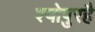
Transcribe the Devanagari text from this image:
श्योपुरहै